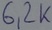
Text: 6,2K